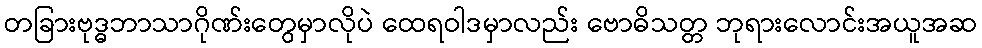
တခြားဗုဒ္ဓဘာသာဂိုဏ်းတွေမှာလိုပဲ ထေရဝါဒမှာလည်း ဗောဓိသတ္တ ဘုရားလောင်းအယူအဆ